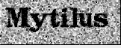
Mytilus